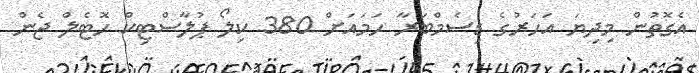
އެގޮތުން މިދިޔަ އަހަރުގެ ޑިސެމްބަރާ ހަމައަށް 380 ކިލޯ ޕުލާސްޓިކް ހޮޓެލް ޖެން